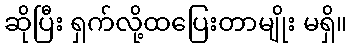
ဆိုပြီး ရှက်လို့ထပြေးတာမျိုး မရှိ။